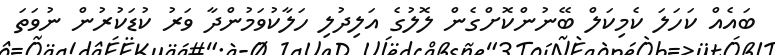
ބައެއް ކަހަލަ ކެމިކަލް ބޭނުންކޮށްގެން ލޮލުގެ އަލިދުލި ހަލާކުވަމުންދާ ވަރު ކުޑަކުރުން ނުވަތަ